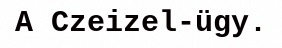
A Czeizel-ügy.